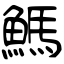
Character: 鰢